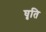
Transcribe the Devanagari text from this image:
घृति